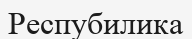
Респубилика